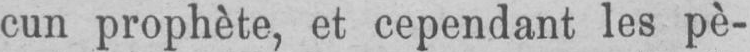
cun prophète, et cependant les pè-